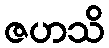
ဇဟသိ